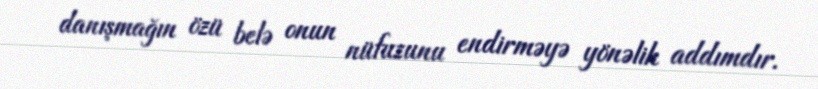
danışmağın özü belə onun nüfuzunu endirməyə yönəlik addımdır.